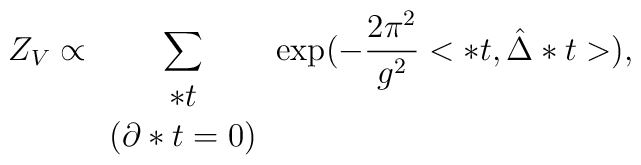
Z_V \propto \sum_{                \begin{array} {c} *t\\                              \left(  \partial *t = 0 \right)                \end{array}                 }\exp(-\frac{2\pi^2}{g^2} <*t,\hat{\Delta}*t>),